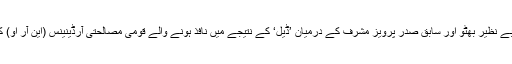
یہ تمام مقدمات سابق وزیراعظم بے نظیر بھٹو اور سابق صدر پرویز مشرف کے درمیان ’ڈیل‘ کے نتیجے میں نافذ ہونے والے قومی مصالحتی آرڈینینس (این آر او) کے تحت ختم کر دیے گئے تھے۔